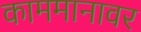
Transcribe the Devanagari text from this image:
काममानावर